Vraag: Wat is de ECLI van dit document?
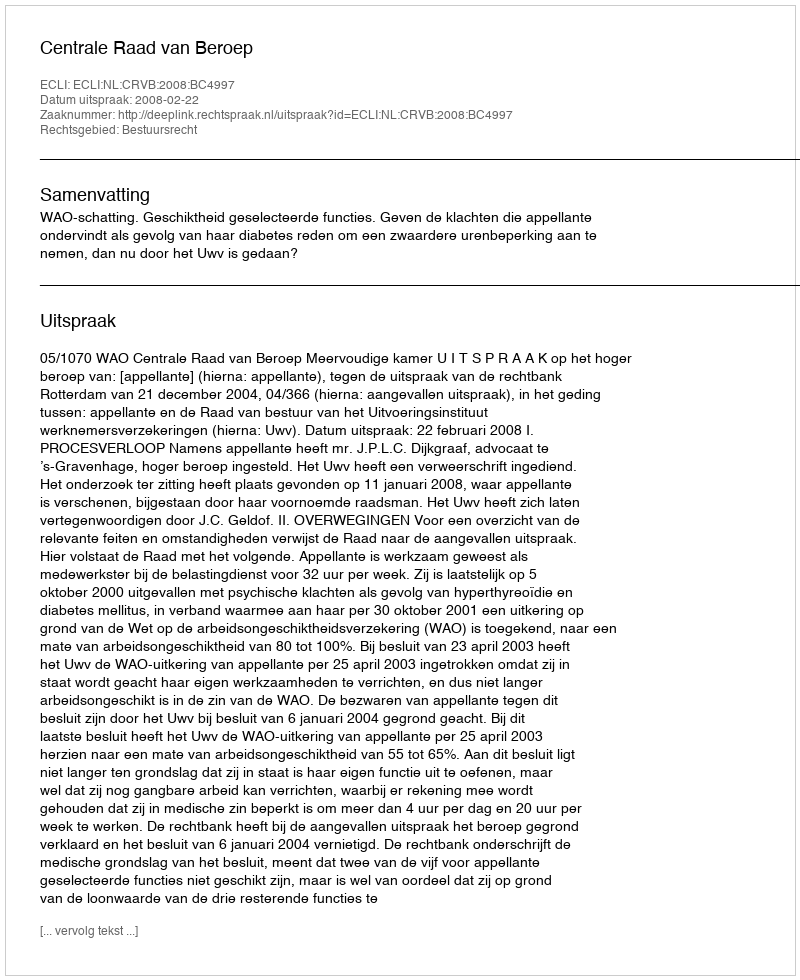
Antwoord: ECLI:NL:CRVB:2008:BC4997